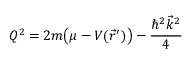
{ Q ^ { 2 } = 2 m \big ( \mu - V ( \vec { r } ^ { \prime } ) \big ) - \frac { \hbar ^ { 2 } \vec { k } ^ { 2 } } { 4 } }